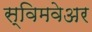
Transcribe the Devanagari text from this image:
स्विमवेअर